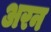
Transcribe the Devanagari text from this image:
अरन